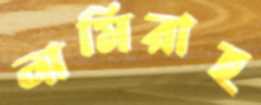
নামিরাহ